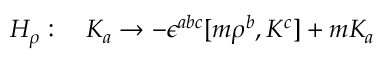
{ \cal H } _ { \rho } : \quad K _ { a } \to - \epsilon ^ { a b c } [ m { \rho } ^ { b } , K ^ { c } ] + m K _ { a }